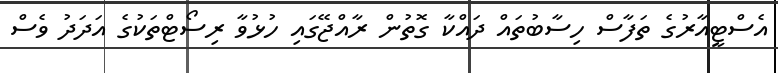
އެސްޓީއާރުގެ ތަފާސް ހިސާބުތައް ދައްކާ ގޮތުން ރާއްޖޭގައި ހުޅުވާ ރިސޯޓްތަކުގެ އަދަދު ވެސް